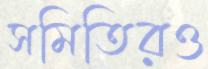
সমিতিরও